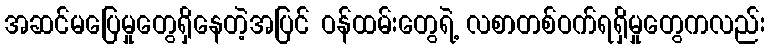
အဆင်မပြေမှုတွေရှိနေတဲ့အပြင် ဝန်ထမ်းတွေရဲ့ လစာတစ်ဝက်ရရှိမှုတွေကလည်း